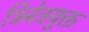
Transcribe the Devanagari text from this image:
त्रिनेत्रयुक्त